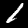
Label: 1